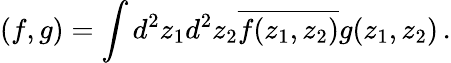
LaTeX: (f,g)=\int d^{2}z_{1}d^{2}z_{2}\overline{{{f(z_{1},z_{2})}}}g(z_{1},z_{2})\, .